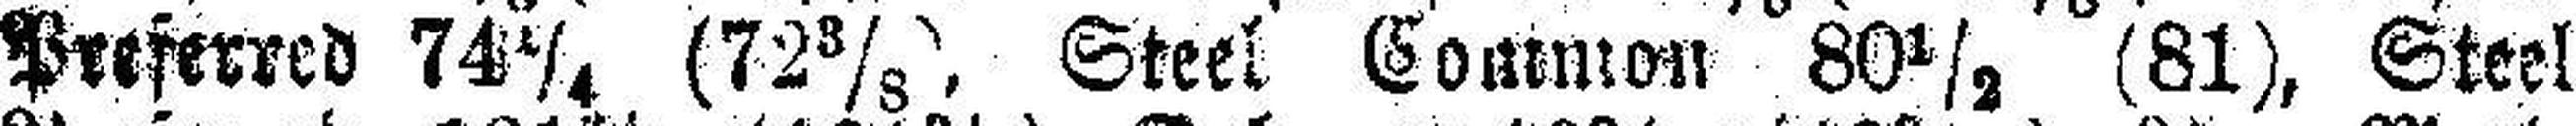
Preferred 74¼ (72 3/8), Steel Common 80½ (81), Steel